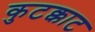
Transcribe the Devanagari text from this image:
कुटक्काट